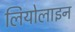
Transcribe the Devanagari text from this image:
लियोलाइन